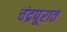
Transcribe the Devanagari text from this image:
चंद्रपूरात